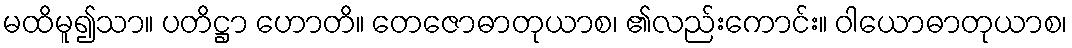
မထိမူ၍သာ။ ပတိဋ္ဌာ ဟောတိ။ တေဇောဓာတုယာစ၊ ၏လည်းကောင်း။ ဝါယောဓာတုယာစ၊